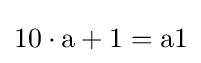
10\cdot {\text{a}}+1={\text{a1}}